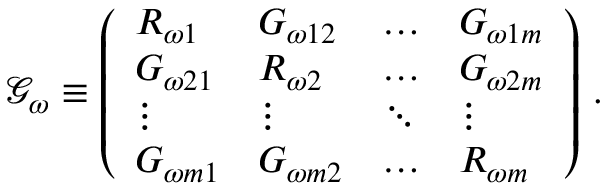
\mathcal { G } _ { \omega } \equiv \left( \begin{array} { l l l l } { R _ { \omega 1 } } & { G _ { \omega 1 2 } } & { \dots } & { G _ { \omega 1 m } } \\ { G _ { \omega 2 1 } } & { R _ { \omega 2 } } & { \dots } & { G _ { \omega 2 m } } \\ { \vdots } & { \vdots } & { \ddots } & { \vdots } \\ { G _ { \omega m 1 } } & { G _ { \omega m 2 } } & { \dots } & { R _ { \omega m } } \end{array} \right) \, .